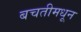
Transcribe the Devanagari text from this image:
बचतीमधून